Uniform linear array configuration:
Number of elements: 8
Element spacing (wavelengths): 0.75
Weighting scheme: uniform
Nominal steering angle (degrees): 45
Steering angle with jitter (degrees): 44.701
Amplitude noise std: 0.05
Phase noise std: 0.05

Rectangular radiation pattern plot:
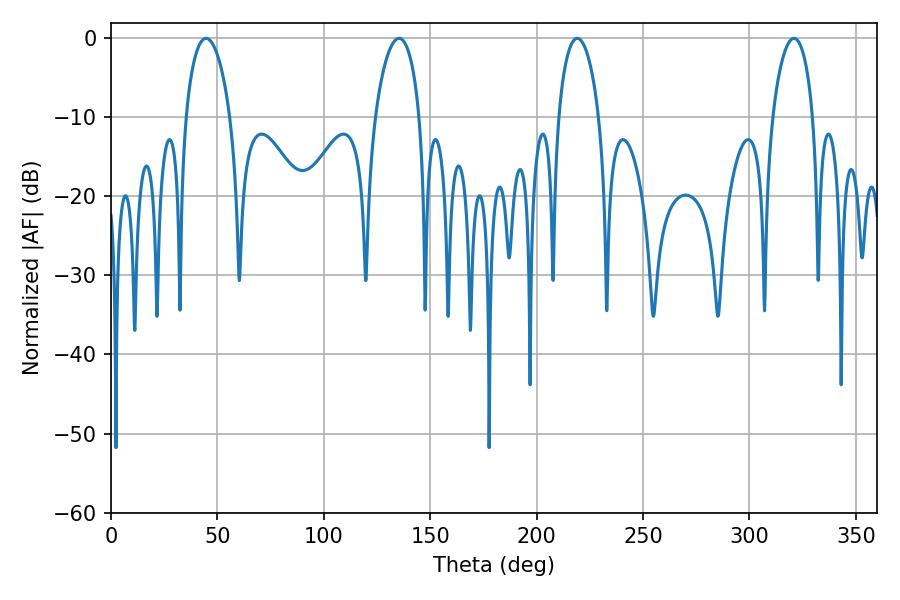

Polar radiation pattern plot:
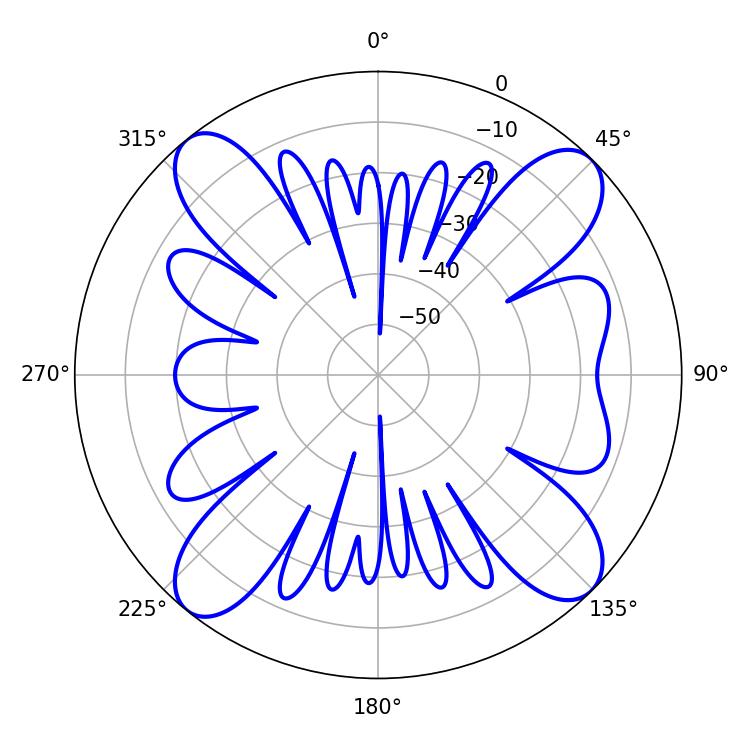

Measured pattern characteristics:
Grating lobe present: TRUE
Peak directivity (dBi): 14.351
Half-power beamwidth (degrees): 11.88
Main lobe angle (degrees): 44.64